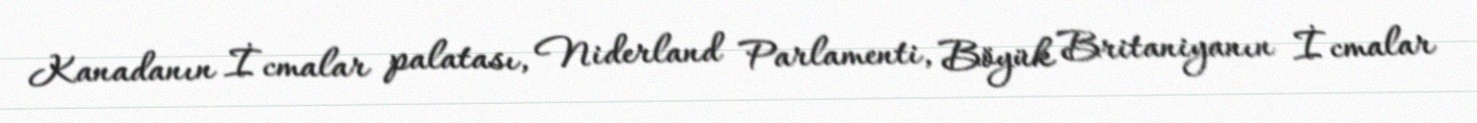
Kanadanın İcmalar palatası, Niderland Parlamenti, Böyük Britaniyanın İcmalar